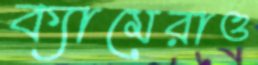
ক্যামেরাও